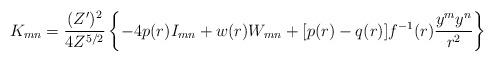
LaTeX: \begin{align*}K_{mn}=\frac{(Z')^2}{4Z^{5/2}}\left\{-4p(r)I_{mn}+w(r)W_{mn}+[p(r)-q(r)]f^{-1}(r)\frac{y^my^n}{r^2}\right\}\end{align*}